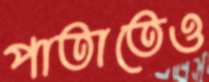
পাতাতেও